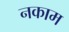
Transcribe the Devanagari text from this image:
नकाम